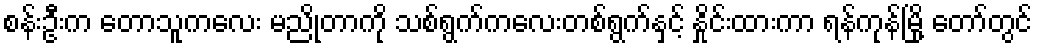
စန်းဦးက တောသူကလေး မညိုတာကို သစ်ရွက်ကလေးတစ်ရွက်နှင့် နှိုင်းထားကာ ရန်ကုန်မြို့ တော်တွင်